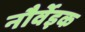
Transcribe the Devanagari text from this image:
नौर्वेइक